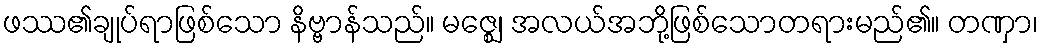
ဖဿ၏ချုပ်ရာဖြစ်သော နိဗ္ဗာန်သည်။ မဇ္ဈေ၊ အလယ်အဘို့ဖြစ်သောတရားမည်၏။ တဏှာ၊